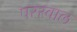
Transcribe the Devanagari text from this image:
परस्वाल